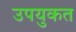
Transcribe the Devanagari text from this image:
उपयुकत